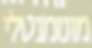
מונומנטלי